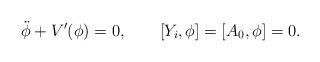
LaTeX: \begin{align*}\ddot{\phi}+V'(\phi)=0,\qquad [Y_i,\phi]=[A_0,\phi]=0.\end{align*}